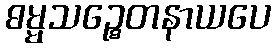
ဓမ္မသဉ္စေတနာယပေ